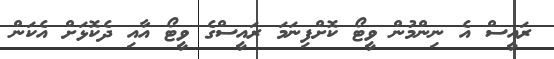
ރައީސް އެ ނިންމުން ވީޓޯ ކޮށްފިނަމަ ރައީސްގެ ވީޓޯ އާއި ދެކޮޅަށް އެކަން